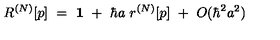
R ^ { ( N ) } [ p ] \ = \ { \bf 1 } \ + \ \hbar a \ r ^ { ( N ) } [ p ] \ + \ O ( \hbar ^ { 2 } a ^ { 2 } )